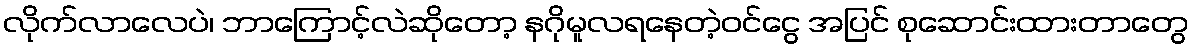
လိုက်လာလေပဲ၊ ဘာကြောင့်လဲဆိုတော့ နဂိုမူလရနေတဲ့ဝင်ငွေ အပြင် စုဆောင်းထားတာတွေ